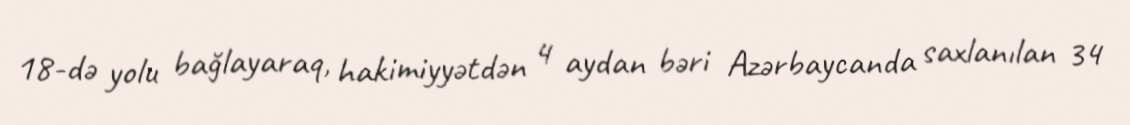
18-də yolu bağlayaraq, hakimiyyətdən 4 aydan bəri Azərbaycanda saxlanılan 34